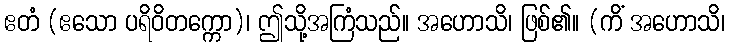
ဧတံ (ဧသော ပရိဝိတက္ကော)၊ ဤသို့အကြံသည်။ အဟောသိ၊ ဖြစ်၏။ (ကိံ အဟောသိ၊